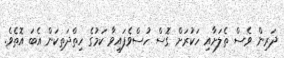
ދަރިން ވެސް ތެލަށާއި ހަކުރަށް ގޮސް ހުސްވެފައިވާ ކަމުގެ ހިތްދަތިކަން އެބަ އޮތެވެ.